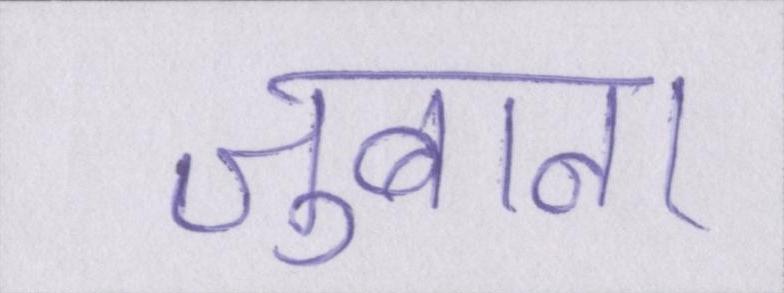
जुबान।